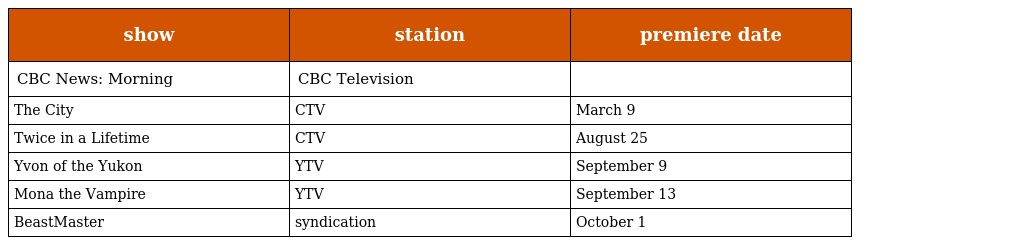
| show | station | premiere date |
 | --- | --- | --- |
 | CBC News: Morning | CBC Television |  |
 | The City | CTV | March 9 |
 | Twice in a Lifetime | CTV | August 25 |
 | Yvon of the Yukon | YTV | September 9 |
 | Mona the Vampire | YTV | September 13 |
 | BeastMaster | syndication | October 1 |